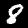
Digit: 8